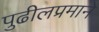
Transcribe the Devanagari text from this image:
पुढीलप्रमाने